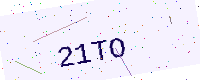
Text: 21TO